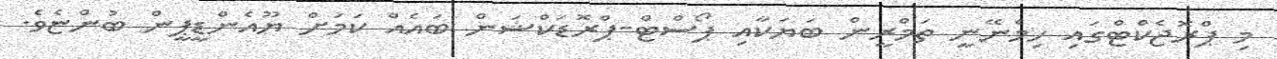
މި ޕްރޮޖެކްޓްގައި ހިމެނޭނީ ތަމްރީން ބަޔަކާއި ޕޯސްޓް-ޕްރޮޑަކްޝަން ބައެއް ކަމަށް ޔޫއެންޑީޕީން ބުންޏެވެ.